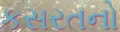
કસરતનો